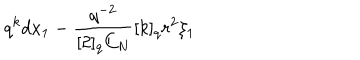
LaTeX: q ^ { k } d x _ { 1 } - \frac { q ^ { - 2 } } { [ 2 ] _ { q } C _ { N } } [ k ] _ { q } r ^ { 2 } \xi _ { 1 }